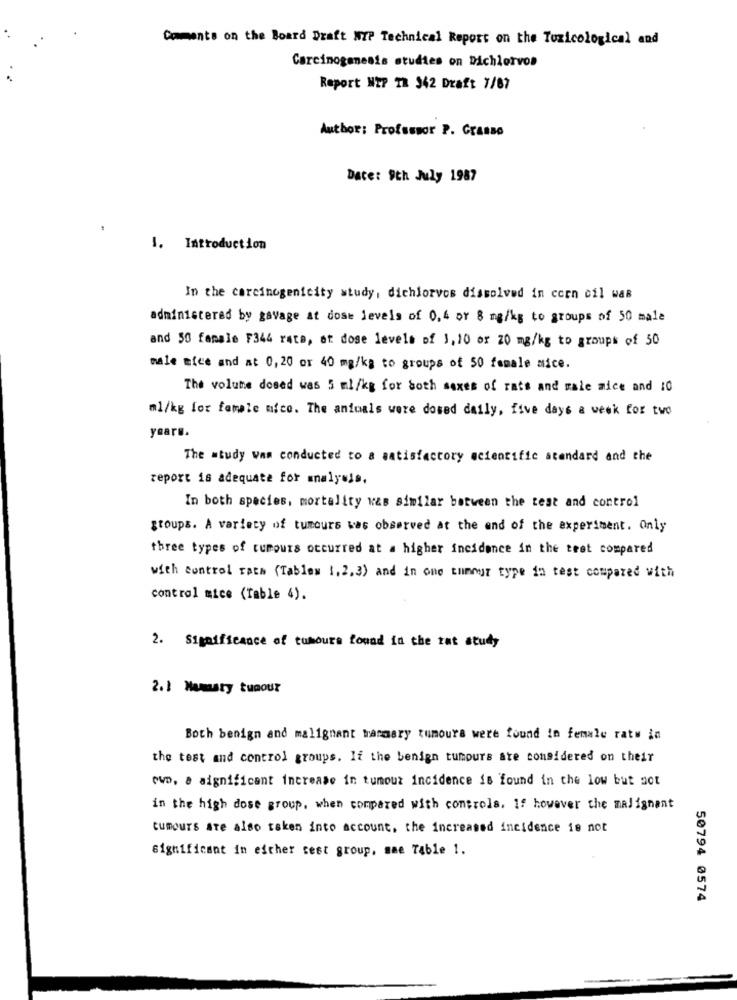
Comments on the Board Draft WIP Technical Report on the Toxicological and
Carcinogenesis studies on Dichlorvos
Report NEP TR 342 Draft 7/87
Author: Professor P. Grasso
Date: 9th July 1987
I. Introduction
In the carcinogenicity study, dichlorvos dissolved in corn oil was
administered by gavage at dose levels of 0,4 or 8 mg/kg to groups of 50 male
and 50 famale F344 rate, oh dose levels of 1,10 or 20 mg/kg to groups of 50
male mice and at 0,20 or 40 mg/kg to groups of 50 female mice.
The volume dosed was 5 ml/kg for both sexes of rats and male mice and 10
ml/kg for female mico. The animals were dosed daily, five days a week for two
yeare.
The study was conducted to a satisfactory scientific standard and the
report is adequate for analysis.
In both species, mortality was similar between the test and control
groups. A variety of tumours was observed at the end of the experiment. Only
three types of rumours occurred at a higher incidence in the test compared
with control rath (Tables 1,2,3) and in one tumour type in test compared with
control mice (Table 4).
2. Significance of tumours found in the rat study
2.1 Mamasty tuaour
Both benign and malignant trasmary tumours were found in female rats in
the test and control groups. If the benign tumours are considered on their
owo, a significant increase in tumour incidence is found in the low but not
in the high dose group, when compared with controls, If however the malignant
tumours are also taken into account, the increased incidence is not
Significant in either test group, mae Table 1.
50794 0574